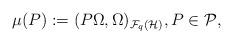
LaTeX: \begin{align*}\mu (P):=( P\Omega,\Omega)_{\mathcal{F}_q(\mathcal{H})},P\in\mathcal{P},\end{align*}